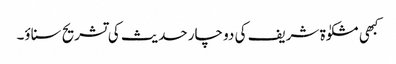
کبھی مشکوٰة شریف کی دو چار حدیث کی تشریح سناؤ۔